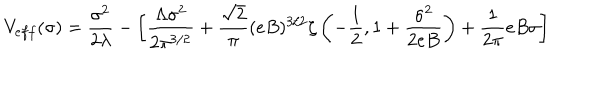
V _ { e f f } ( \sigma ) = { \frac { \sigma ^ { 2 } } { 2 \lambda } } - \left[ \frac { \Lambda \sigma ^ { 2 } } { 2 \pi ^ { 3 / 2 } } + \frac { \sqrt { 2 } } { \pi } ( e B ) ^ { 3 / 2 } \zeta \left( - \frac { 1 } { 2 } , 1 + \frac { \sigma ^ { 2 } } { 2 e B } \right) + \frac { 1 } { 2 \pi } e B \sigma \right]